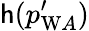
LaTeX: \mathsf{h}(p_{\mathrm{{W}}A}^{\prime})